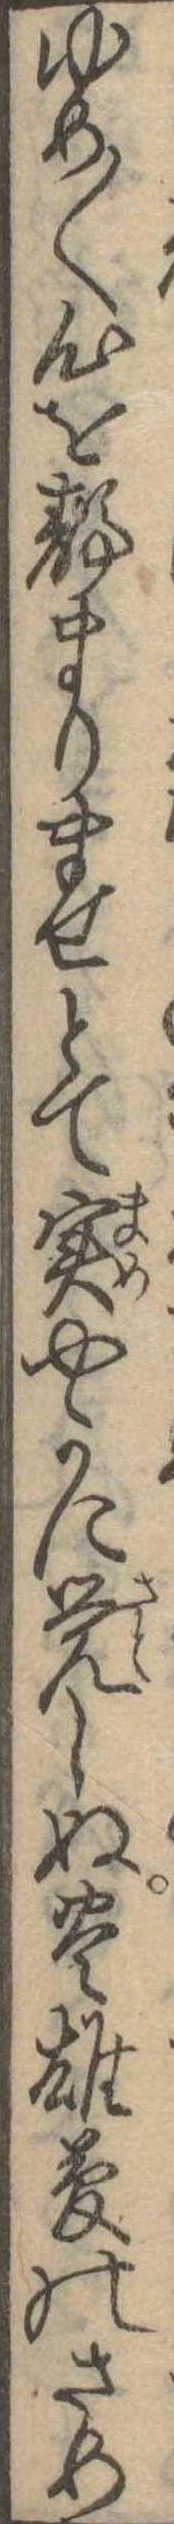
ゆめ〱心を静まりませとて実やかに覚しぬ豊雄夢のさめ